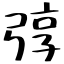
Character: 弴